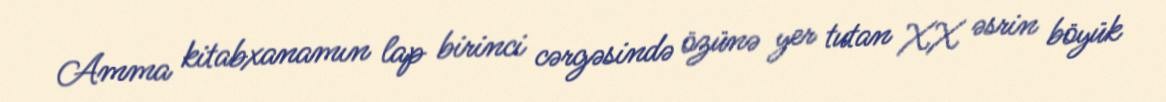
Amma kitabxanamın lap birinci cərgəsində özünə yer tutan XX əsrin böyük